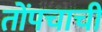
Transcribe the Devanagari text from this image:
तोंपचाची